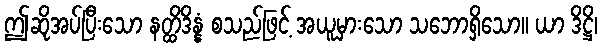
ဤဆိုအပ်ပြီးသော နတ္ထိဒိန္နံ စသည်ဖြင့် အယူမှားသော သဘောရှိသော။ ယာ ဒိဋ္ဌိ၊